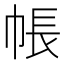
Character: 帳